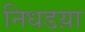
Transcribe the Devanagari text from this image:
निधडय़ा